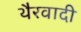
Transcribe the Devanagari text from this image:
थैरवादी